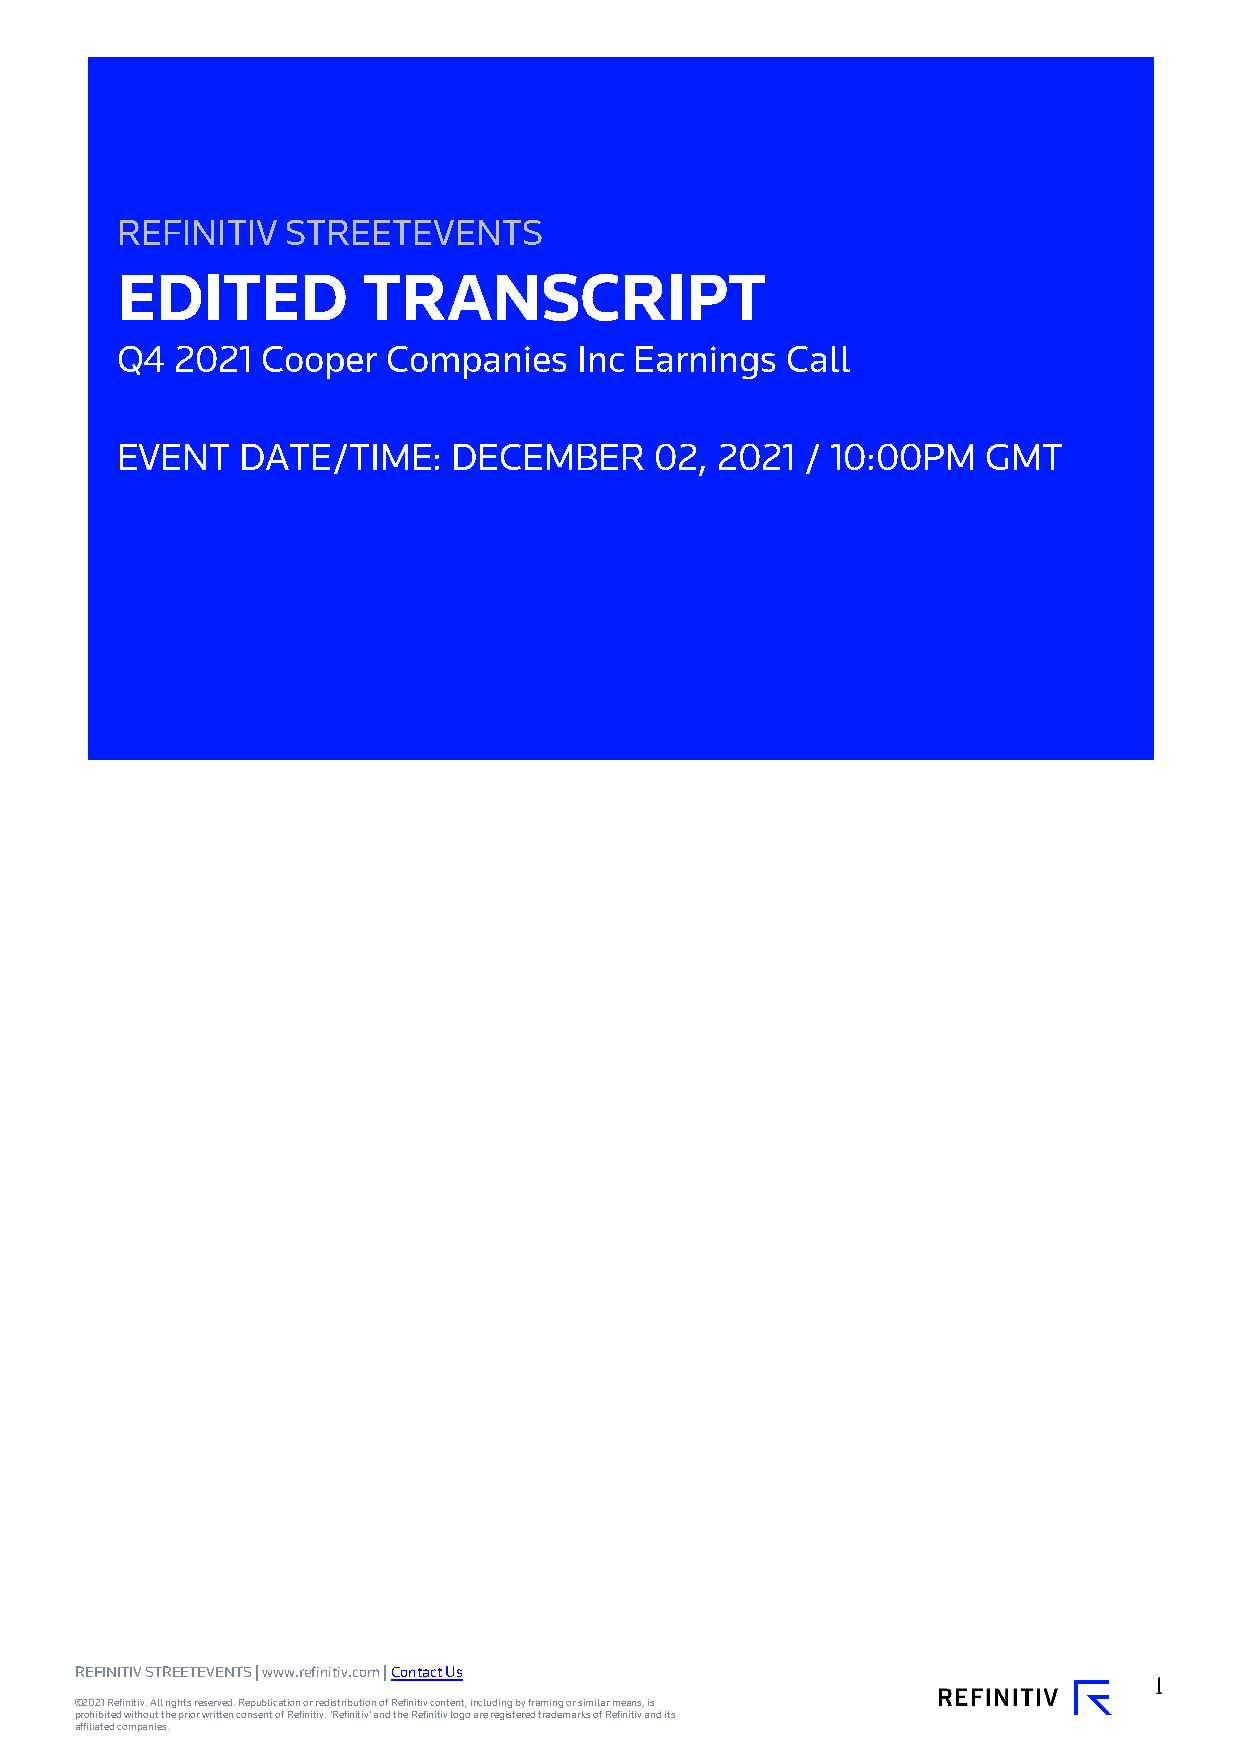
REFINITIV  STREETEVENTS
 EDITED          TRANSCRIPT
 Q4  2021 Cooper   Companies   Inc Earnings  Call
 EVENT   DATE/TIME:    DECEMBER     02, 2021  / 10:00PM   GMT
 REFINITIV STREETEVENTS | www.refinitiv.com | Contact Us
 1
 ©2021 Refinitiv. All rights reserved. Republication or redistribution of Refinitiv content, including by framing or similar means, is
 prohibited without the prior written consent of Refinitiv. 'Refinitiv' and the Refinitiv logo are registered trademarks of Refinitiv and its
 affiliated companies.